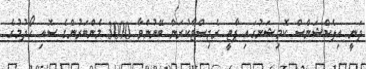
ދަނީ އިލެކްޝަންސް ކޮމިޝަނުގައި ޕާޓީ ރެޖިސްޓާކުރަން ބޭނުންވާ 3000 މެންބަރުންގެ ސޮއި ހޯދުމުގެ